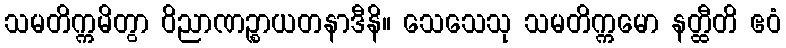
သမတိက္ကမိတွာ ဝိညာဏဉ္စာယတနာဒီနိ။ သေသေသု သမတိက္ကမော နတ္ထီတိ ဧဝံ